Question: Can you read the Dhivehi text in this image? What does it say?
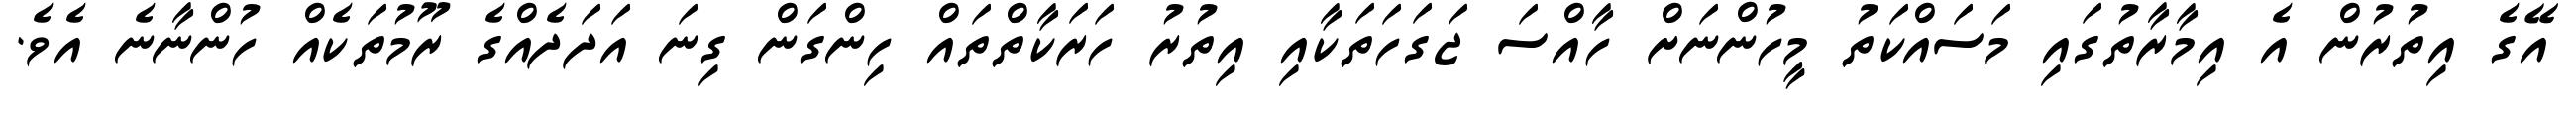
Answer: އޭގެ އިތުރުން އެ އިމާރާތުގައި މަސައްކަތު މީހުންނަށް ހާއްސަ ޖަގަހަތަކާއި އިތުރު ހަރަކާތްތައް ހިންގަން ގިނަ އަދަދެއްގެ ރޫމުތަކެއް ހުންނާނެ އެވެ.